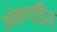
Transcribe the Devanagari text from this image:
अंकगडित